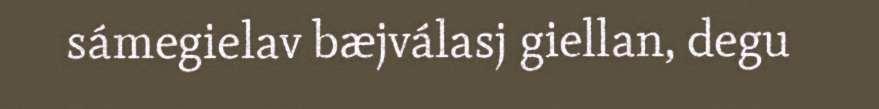
sámegielav bæjválasj giellan, degu